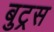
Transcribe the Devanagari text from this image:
बुट्रस